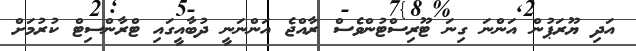
އަދި ޔޫރަޕުން އަންނަ ގިނަ ޓޫރިސްޓުންވެސް ރާއްޖެ އަންނަނީ ދުބާއީގައި ޓްރާންސިޓް ކުރުމަށް